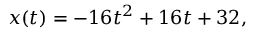
x ( t ) = - 1 6 t ^ { 2 } + 1 6 t + 3 2 , \,